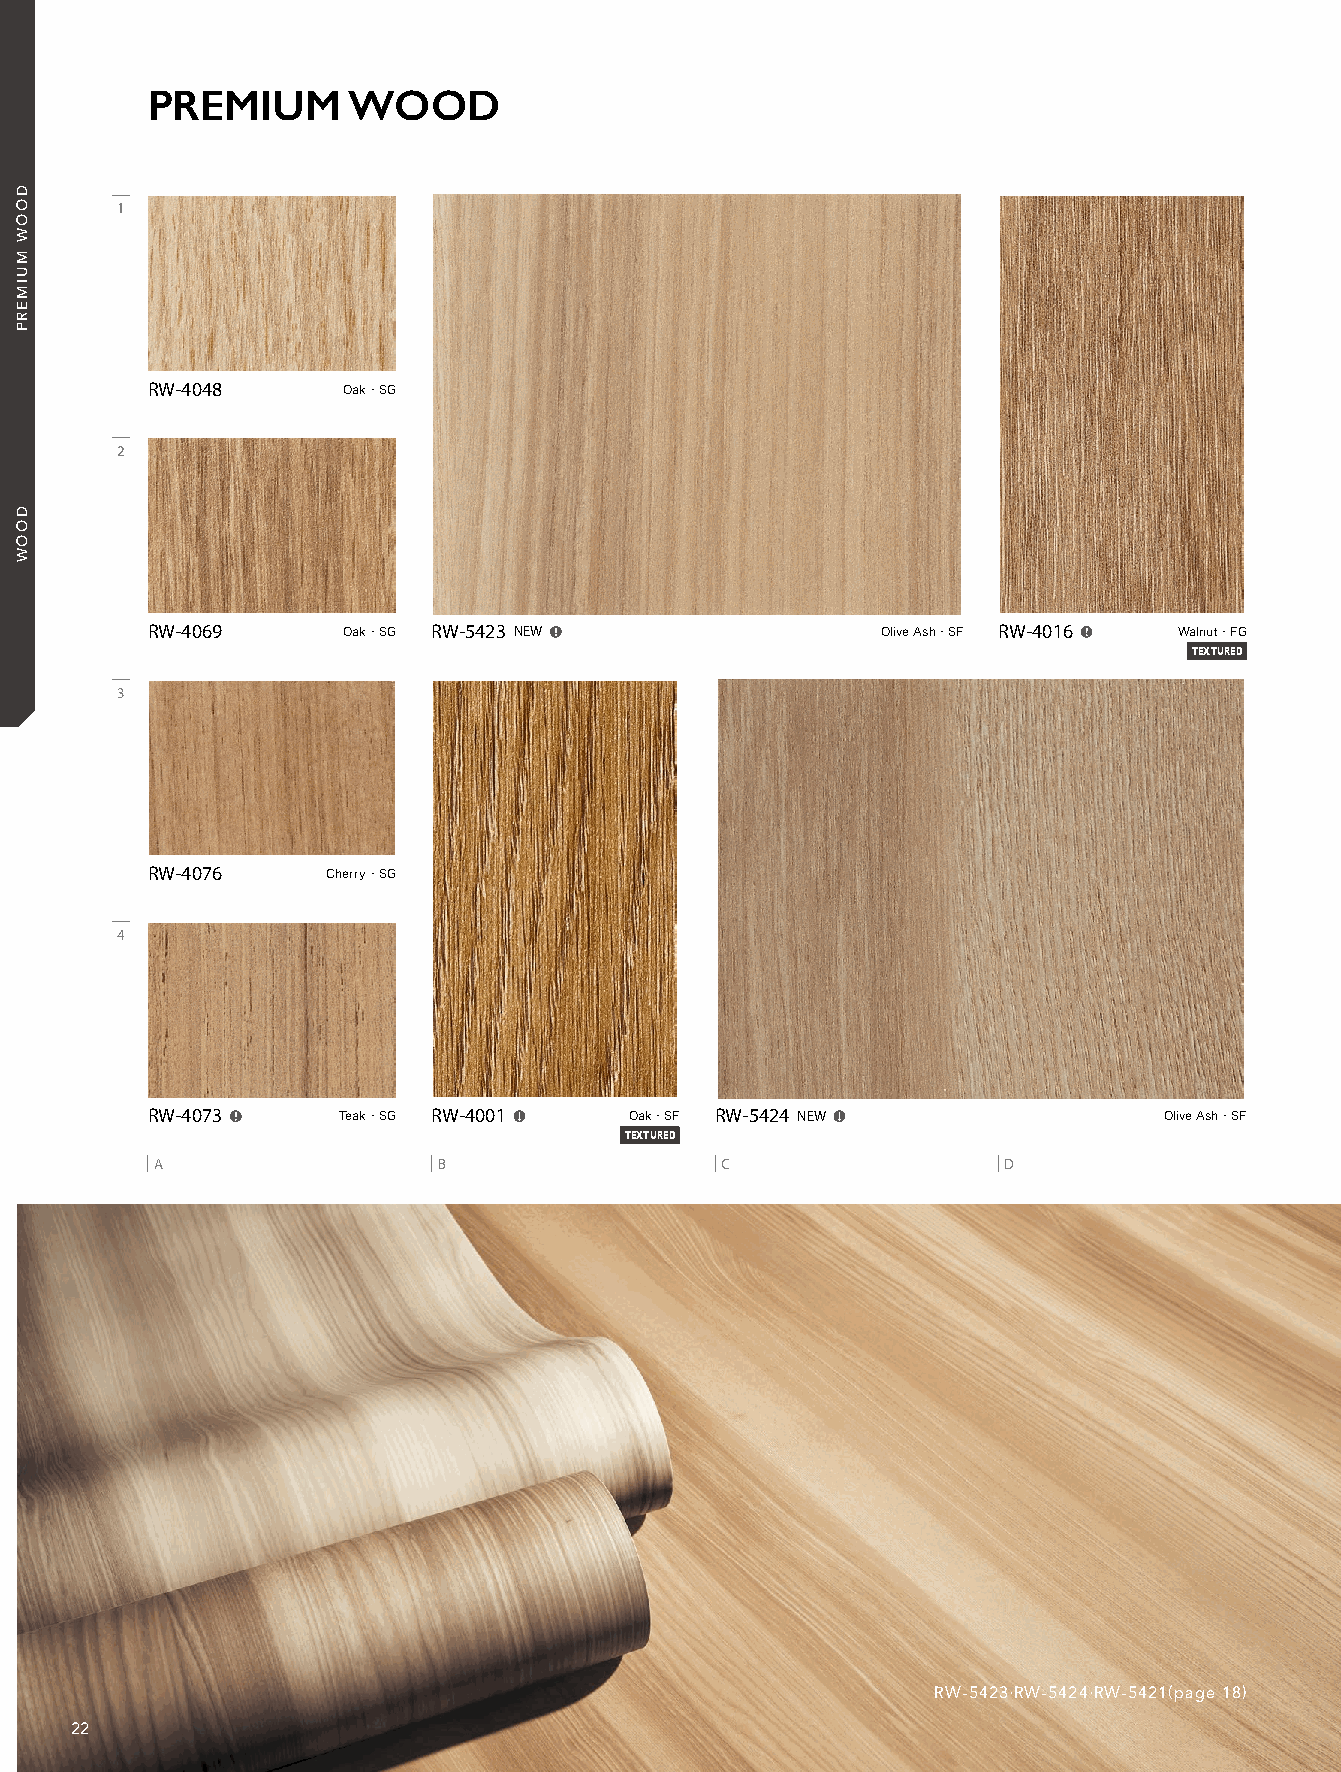
21_REATEC_vol11_P22-C1_KOROSEAL 21/11/16out 🅲🅼🆈🅺
 PREMIUM      WOOD
 1
 RW-4048     Oak ・SG
 2
 RW-4069     Oak ・SG RW-5423 NEW               Olive Ash・SF RW-4016  Walnut・FG
 TEXTURED
 3
 RW-4076    Cherry ・SG
 4
 RW-4073    Teak ・SG RW-4001   Oak ・SF RW-5424 NEW               Olive Ash ・SF
 TEXTURED
 A                  B                  C                 D
 RW-5423•RW-5424•RW-5421(page 18)
 22
 DOOW
 MUIMERP
 DOOW